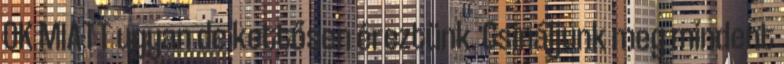
OK MIATT ugyan de kettősen éreztünk. Csináljunk meg mindent